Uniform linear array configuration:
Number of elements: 16
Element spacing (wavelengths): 0.25
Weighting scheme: binomial
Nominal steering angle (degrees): -45
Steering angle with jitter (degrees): -44.875
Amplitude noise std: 0.05
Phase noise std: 0.05

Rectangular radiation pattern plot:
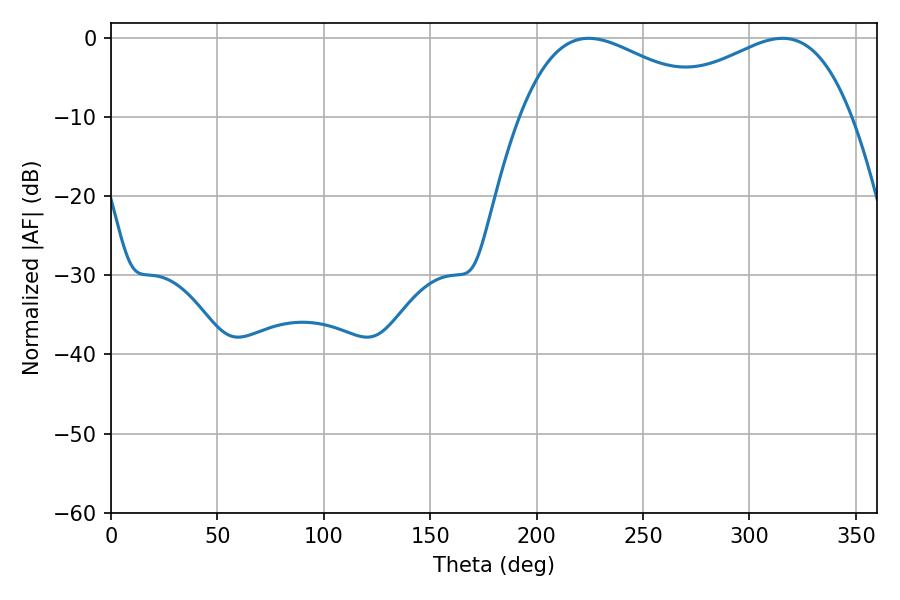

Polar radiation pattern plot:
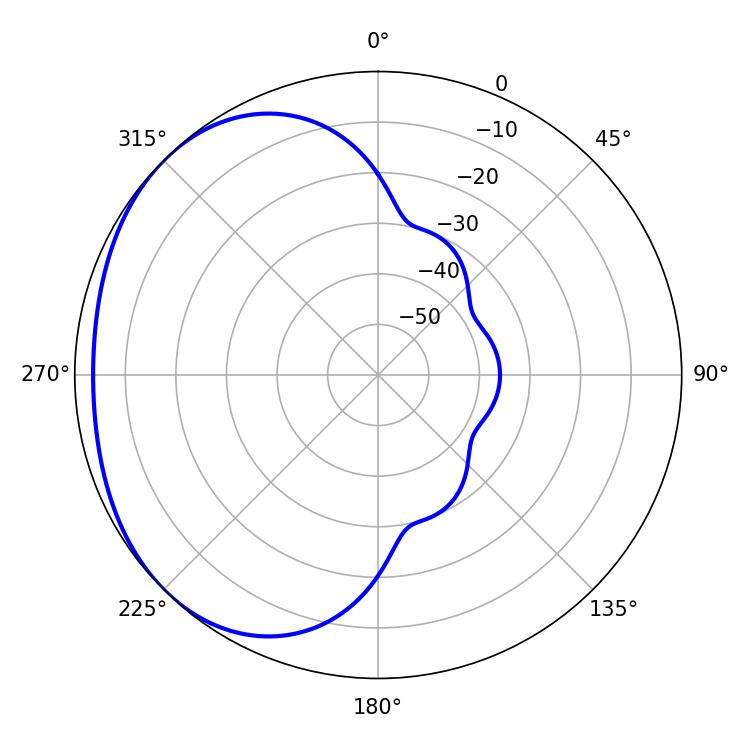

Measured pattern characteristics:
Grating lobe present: FALSE
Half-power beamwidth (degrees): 51.3
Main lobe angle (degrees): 224.46